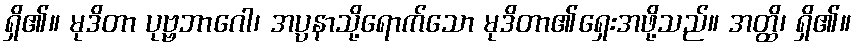
ရှိ၏။ မုဒိတာ ပုဗ္ဗဘာဂေါ၊ အပ္ပနာသို့ရောက်သော မုဒိတာ၏ရှေးအဖို့သည်။ အတ္ထိ၊ ရှိ၏။